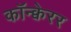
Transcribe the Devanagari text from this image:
कॉन्क्वेरर